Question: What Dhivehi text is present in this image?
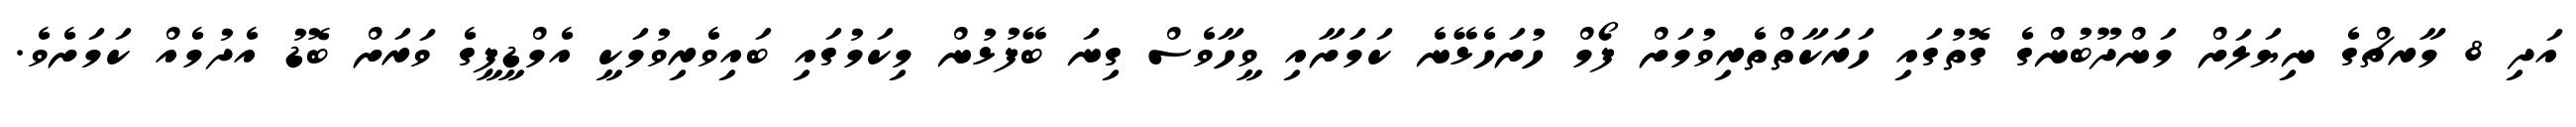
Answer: އަދި 8 މާރޗްގެ ނިޔަލަށް މަންދޫބުންގެ ގޮތުގައި ހަރަކާތްތެރިވުމަށް ފޯމް ހުށަހެޅޭނެ ކަމަށާއި ވީހާވެސް ގިނަ ބޭފުޅުން މިކަމުގައި ބައިވެރިވުމަކީ އެމްޑީޕީގެ ވަރަށް ބޮޑު އެދުމެއް ކަމަށެވެ.